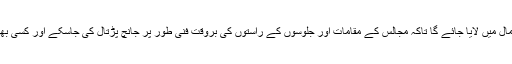
متعین شدہ بم ڈسپوز ایبل اسکواڈ کو استعمال میں لایا جائے گا تاکہ مجالس کے مقامات اور جلوسوں کے راستوں کی بروقت فنی طور پر جانچ پڑتال کی جاسکے اور کسی بھی ناخوشگوار واقعے سے بچا جاسکے ۔